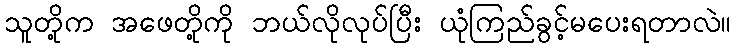
သူတို့က အဖေတို့ကို ဘယ်လိုလုပ်ပြီး ယုံကြည်ခွင့်မပေးရတာလဲ။